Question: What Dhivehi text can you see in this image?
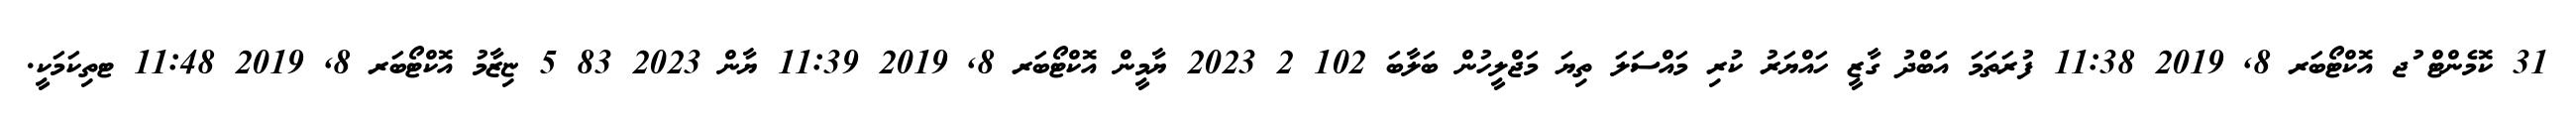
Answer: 31 ކޮމެންޓް ުޖ އޮކްޓޯބަރ 8, 2019 11:38 ފުރަތަމަ އަބްދު ގާޒީ ހައްޔަރު ކުރި މައްސަލަ ތިޔަ މަޖްލީހުން ބަލާބަ 102 2 2023 ޔާމީން އޮކްޓޯބަރ 8, 2019 11:39 ޔާން 2023 83 5 ޏިޒާމު އޮކްޓޯބަރ 8, 2019 11:48 ޓތިކަމަކީ.